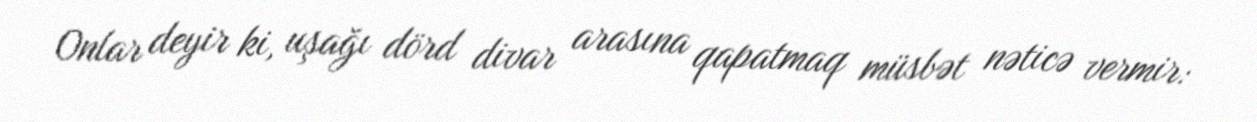
Onlar deyir ki, uşağı dörd divar arasına qapatmaq müsbət nəticə vermir: